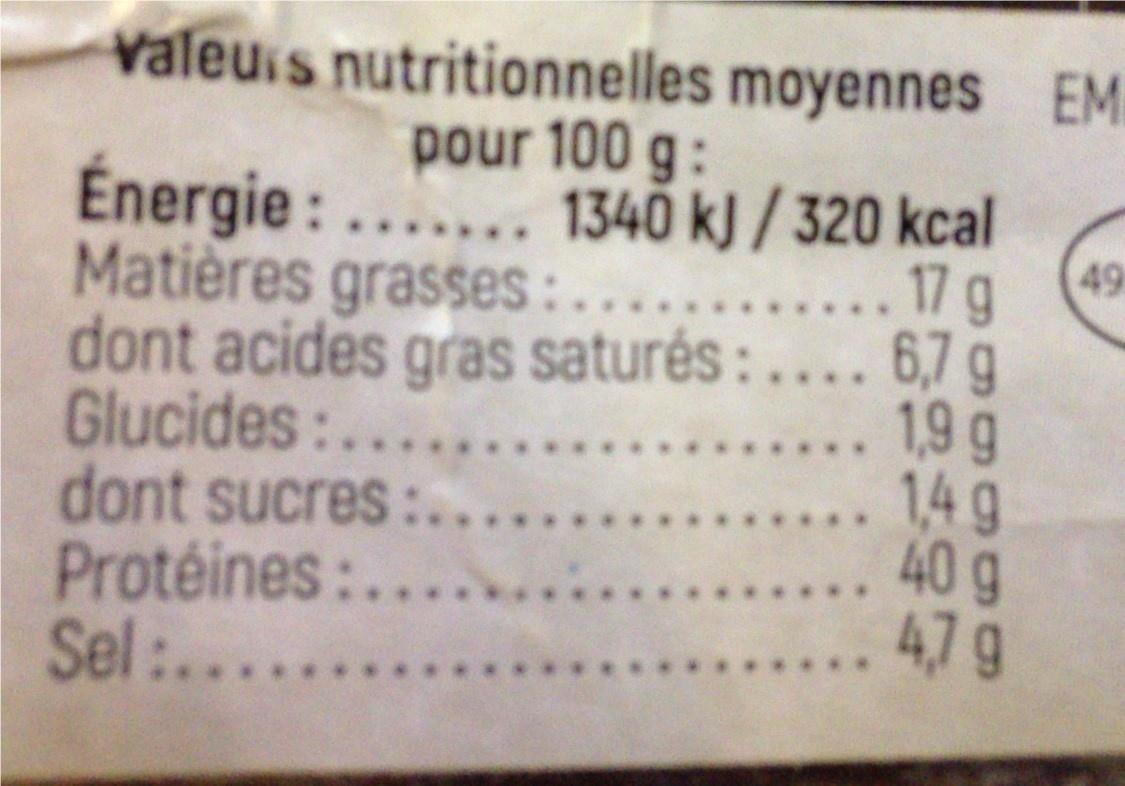
valeuis nutritionnelles moyennes EM
pour 100 g:
Énergie : ...... 1340 kJ / 320 kcal 49 .... 17 g
Matières grasses:
dont acides gras saturés:.... 6,7g .. 1,9 g
Glucides:..... dont sucres:... Protéines:... Sel:.....
.. 14 g
.. 40 g .. 47g